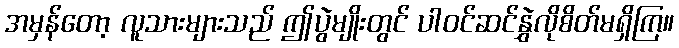
အမှန်တော့ လူသားများသည် ဤပွဲမျိုးတွင် ပါဝင်ဆင်နွှဲလိုစိတ်မရှိကြ။